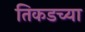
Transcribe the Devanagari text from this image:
तिकडच्या